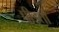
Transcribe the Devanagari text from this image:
पीड़तों